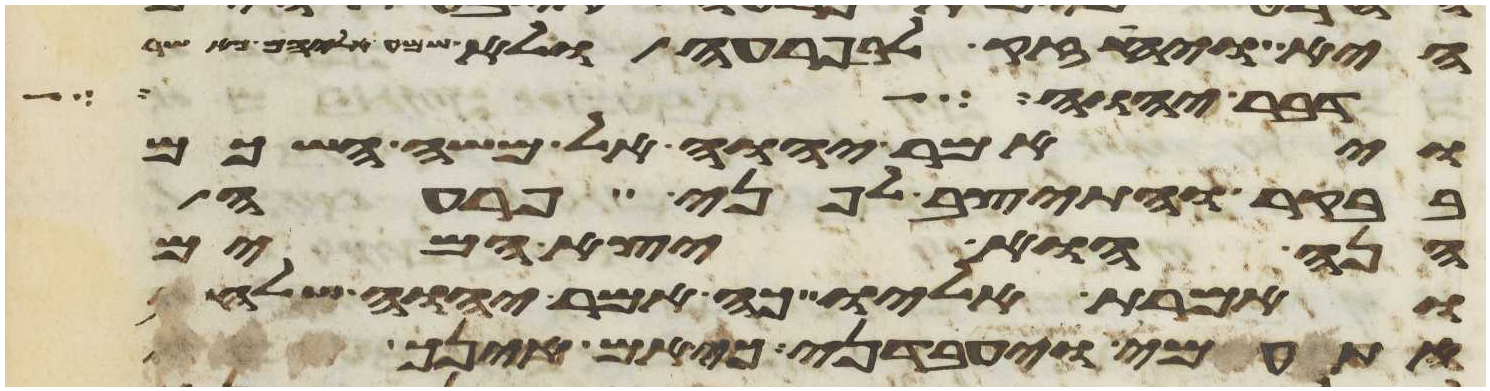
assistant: היא ויחזק לב פרעה ולא שמע אליהם כאשר
דבר יהוה בזה
ויאמר יהוה אל משה השכם
בבקר והתיצב לפני פרעה
הנה הוא יצא המים
ואמרת אליו כה אמר יהוה שלח
עמי ויעבדני כי אם אינך